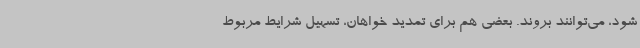
شود، می‌توانند بروند. بعضی هم برای تمدید خواهان، تسهیل شرایط مربوط